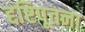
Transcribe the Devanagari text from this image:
द्दष्टिपूतना